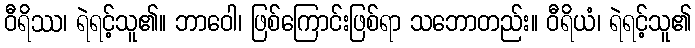
ဝီရိဿ၊ ရဲရင့်သူ၏။ ဘာဝေါ၊ ဖြစ်ကြောင်းဖြစ်ရာ သဘောတည်း။ ဝီရိယံ၊ ရဲရင့်သူ၏